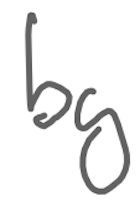
Text: by
Cross-out: clean
Writing tool: digital_gray